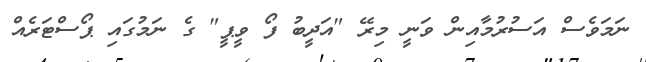
ނަމަވެސް އަސުރުމާއިން ވަނީ މިރޭ "އަދީބު ފޯ ވީޕީ" ގެ ނަމުގައި ޕޯސްޓަރެއް